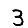
Digit: 3